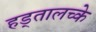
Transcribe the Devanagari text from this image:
हड्तालच्के